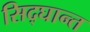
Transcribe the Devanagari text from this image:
सिद्घान्त